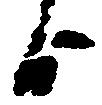
日